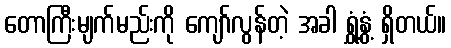
တောကြီးမျက်မည်းကို ကျော်လွန်တဲ့ အခါ ရွှံ့နွံ့ ရှိတယ်။